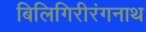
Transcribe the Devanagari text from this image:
बिलिगिरीरंगनाथ